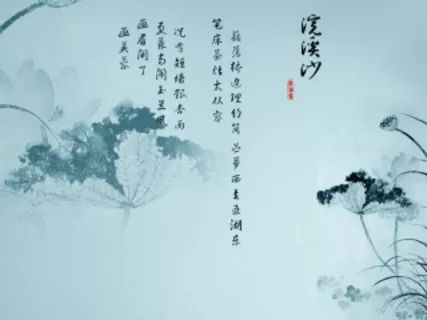
劝君频入醉乡来，此是无愁无恨处。